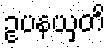
ဥပနယှတိ